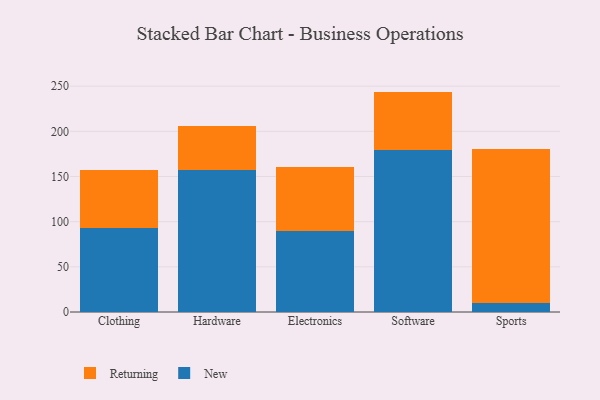
{"axis": {"x": "Category", "y": "Waste Production (Tons)"}, "legend": ["New", "Returning"], "data": [{"x": "Clothing", "y": 93.5, "type": "New"}, {"x": "Clothing", "y": 63.3, "type": "Returning"}, {"x": "Hardware", "y": 157.5, "type": "New"}, {"x": "Hardware", "y": 48.1, "type": "Returning"}, {"x": "Electronics", "y": 89.3, "type": "New"}, {"x": "Electronics", "y": 71.4, "type": "Returning"}, {"x": "Software", "y": 179.2, "type": "New"}, {"x": "Software", "y": 64.8, "type": "Returning"}, {"x": "Sports", "y": 10.0, "type": "New"}, {"x": "Sports", "y": 170.7, "type": "Returning"}]}